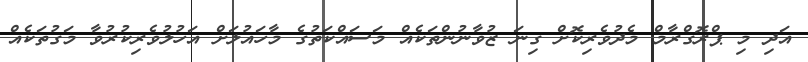
އަދި މި ޕްރޮގްރާމް މެދުވެރިކޮށް ގިނަ ޒުވާނުންތަކެއް މަސައްކަތުގެ މާހައުލަށް އަހުލުވެރިކުރުވާ މަގުތަކެއް